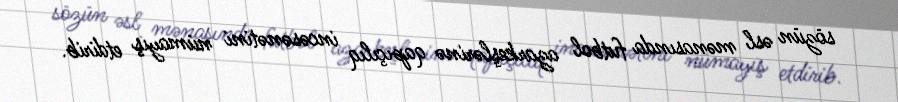
sözün əsl mənasında futbol azarkeşlərinə qapıçılıq incəsənətini nümayiş etdirib.